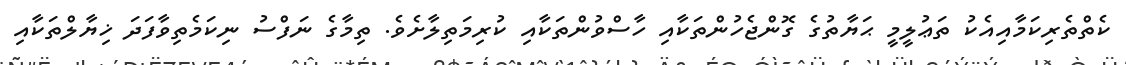
ކެތްތެރިކަމާއިއެކު ތަޢުލީމީ ޙަޔާތުގެ ގޮންޖެހުންތަކާއި ހާސްވުންތަކާއި ކުރިމަތިލާށެވެ. ތިމާގެ ނަފްސު ނިކަމެތިވާފަދަ ޚިޔާލްތަކާއި